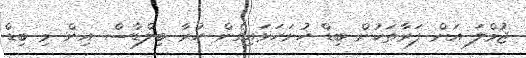
ޖުމްލަ އަށް ފަރާތަކުން ބިޑް ހުށަހަޅައިގެން ހުރާ ބިލްޑާސް އިން މި ބިޑް